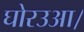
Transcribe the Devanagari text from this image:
घोरउआ।